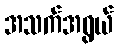
အသက်အရွယ်